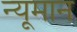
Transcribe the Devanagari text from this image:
न्यूमान